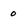
Character: 0